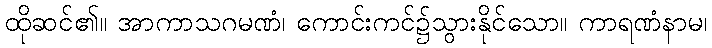
ထိုဆင်၏။ အာကာသဂမဏံ၊ ကောင်းကင်၌သွားနိုင်သော။ ကာရဏံနာမ၊